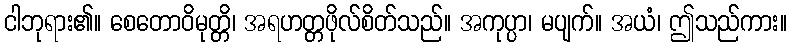
ငါဘုရား၏။ စေတောဝိမုတ္တိ၊ အရဟတ္တဖိုလ်စိတ်သည်။ အကုပ္ပာ၊ မပျက်။ အယံ၊ ဤသည်ကား။